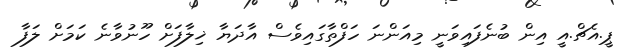
ޕީ.އެޗް.އީ އިން ބުނެފައިވަނީ މިއަންނަ ހަފްތާގައިވެސް އާދަޔާ ޚިލާފަށް ހޫނުވާނެ ކަމަށް ލަފާ